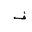
Letter: _fa